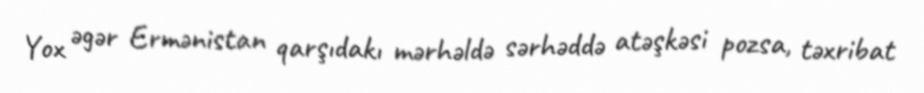
Yox əgər Ermənistan qarşıdakı mərhəldə sərhəddə atəşkəsi pozsa, təxribat